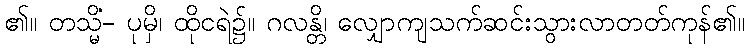
၏။ တသ္မိံ- ပုမှိ၊ ထိုငရဲ၌။ ဂလန္တိ၊ လျှောကျသက်ဆင်းသွားလာတတ်ကုန်၏။